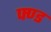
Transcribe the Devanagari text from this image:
फ्ण्ड